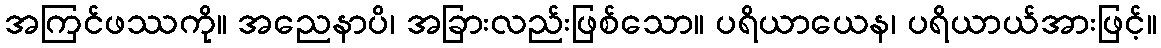
အကြင်ဖဿကို။ အညေနာပိ၊ အခြားလည်းဖြစ်သော။ ပရိယာယေန၊ ပရိယာယ်အားဖြင့်။